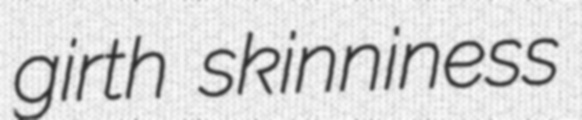
girth skinniness